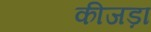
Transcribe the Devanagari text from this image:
कीजड़ा